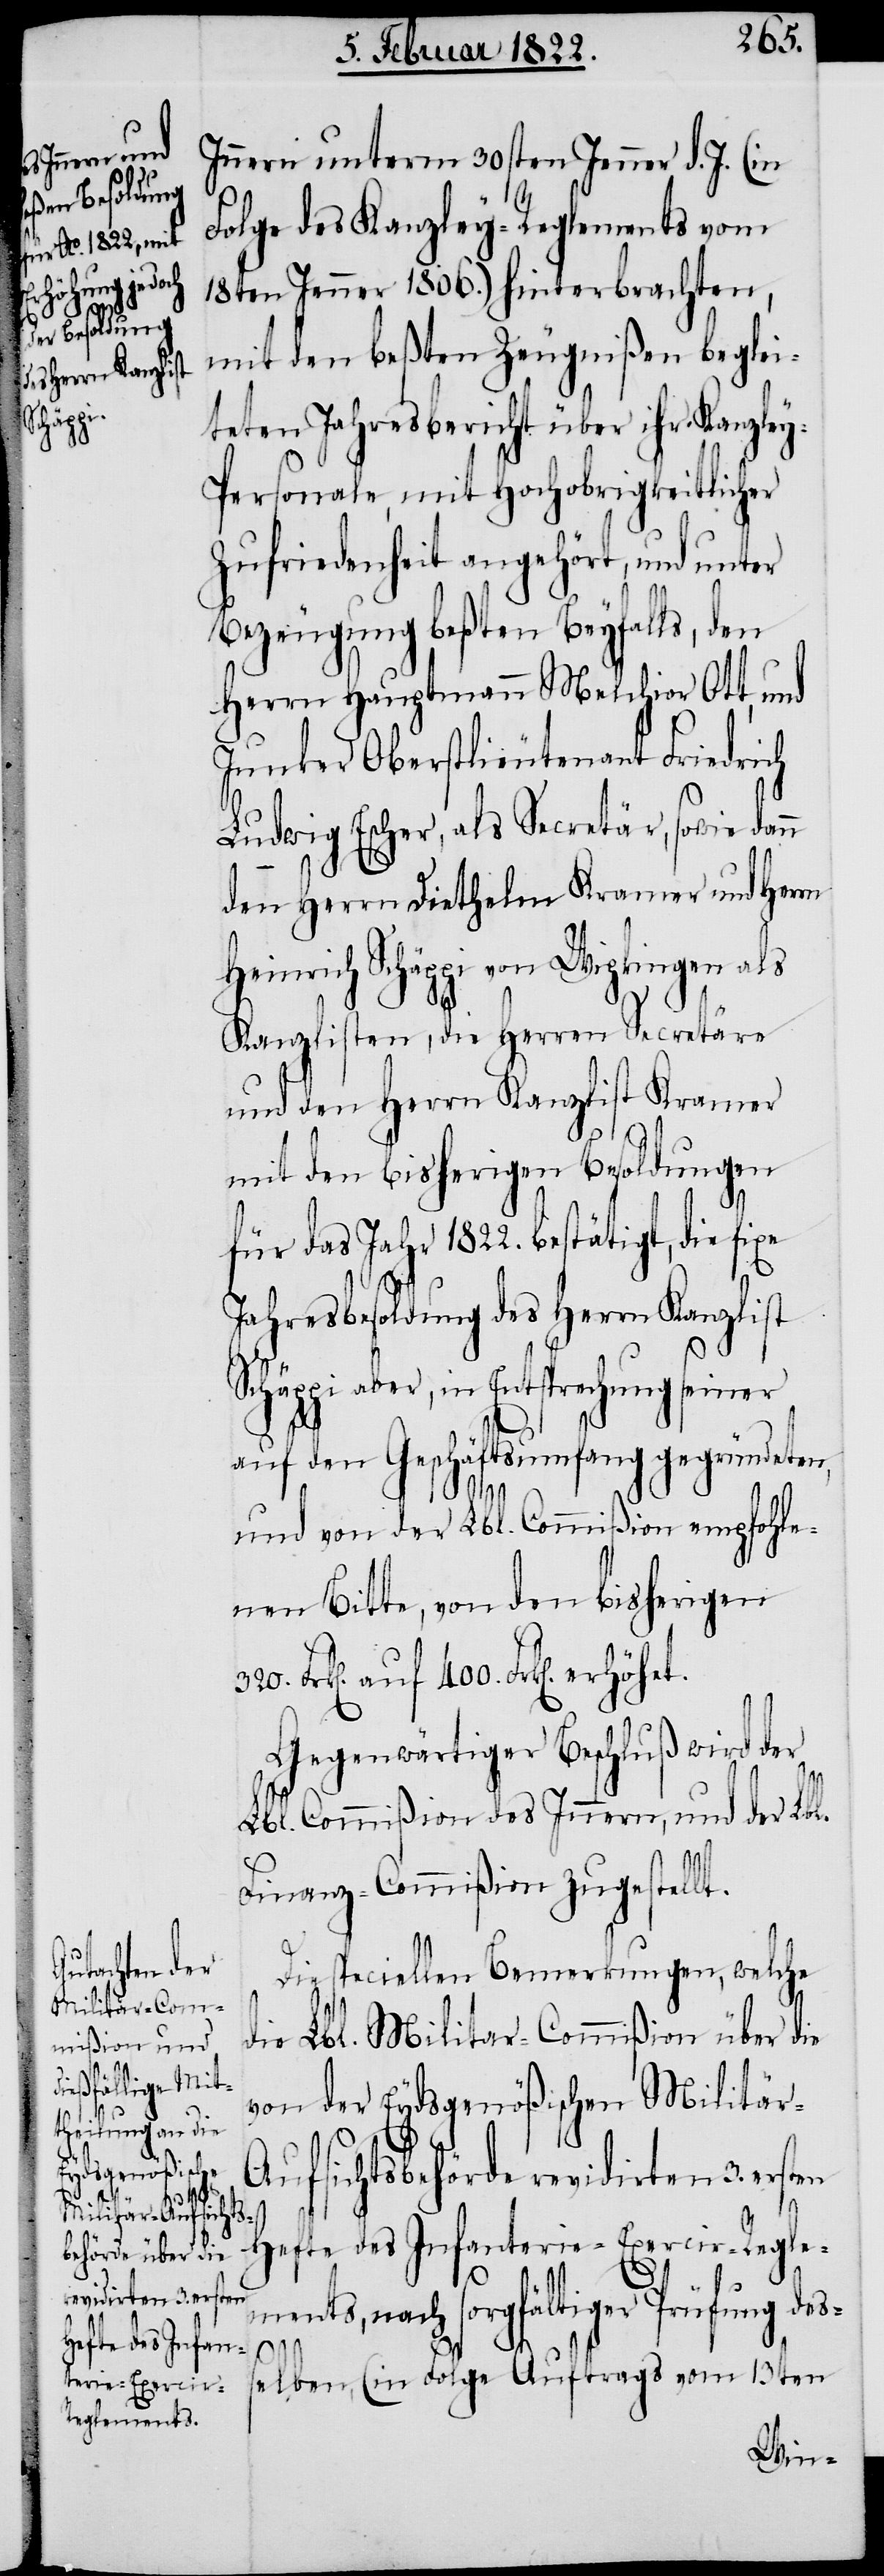
ments,

Innern unterm 30sten Jenner d. J. (in
Folge des Kanzley-Reglements vom
18ten Jenner 1806.) hinterbrachten,
mit den beßten Zeugnißen beglei¬
teten Jahresbericht über ihr Kanzle¬
y-Personale, mit Hochobrigkeitlicher
Zufriedenheit angehört, und unter
Bezeugung beßten Beyfalls, den
Herrn Hauptmann Melchior Ott, und
Junker Oberstlieutenant Friedrich
Ludwig Escher, als Secretär, sowie dann
den Herrn Diethelm Kramer und Herrn
Heinrich Schäppi von Wipkingen als
Kanzlisten, die Herren Secretäre
und den Herrn Kanzlist Kramer
mit den bisherigen Besoldungen
für das Jahr 1822. bestätigt, die fixe
Jahresbesoldung des Herrn Kanzlist
Schäppi aber, in Entsprechung seiner
auf den Geschäftsumfang gegründeten,
und von der Lbl. Commißion empfohle¬
nen Bitte, von den bisherigen
Gegenwärtiger Beschluß wird der
Lbl. Commißion des Innern, und der Lbl.
Finanz-Commißion zugestellt.
Die speciellen Bemerkungen, welche
die Lbl. Militar-Commißion über die
von der Eydsgenößischen Militä¬
400.
r-Aufsichtsb¬
Hefte des Infanterie-Exercir-Regle¬
revidirten 3. ersten
nach sorgfältiger Prüfung de¬
ss¬
elben, (in Folge Auftrags vom 13ten